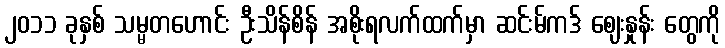
၂၀၁၁ ခုနှစ် သမ္မတဟောင်း ဦးသိန်စိန် အစိုးရလက်ထက်မှာ ဆင်းမ်ကဒ် ဈေးနှုန်း တွေကို